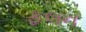
ફલન